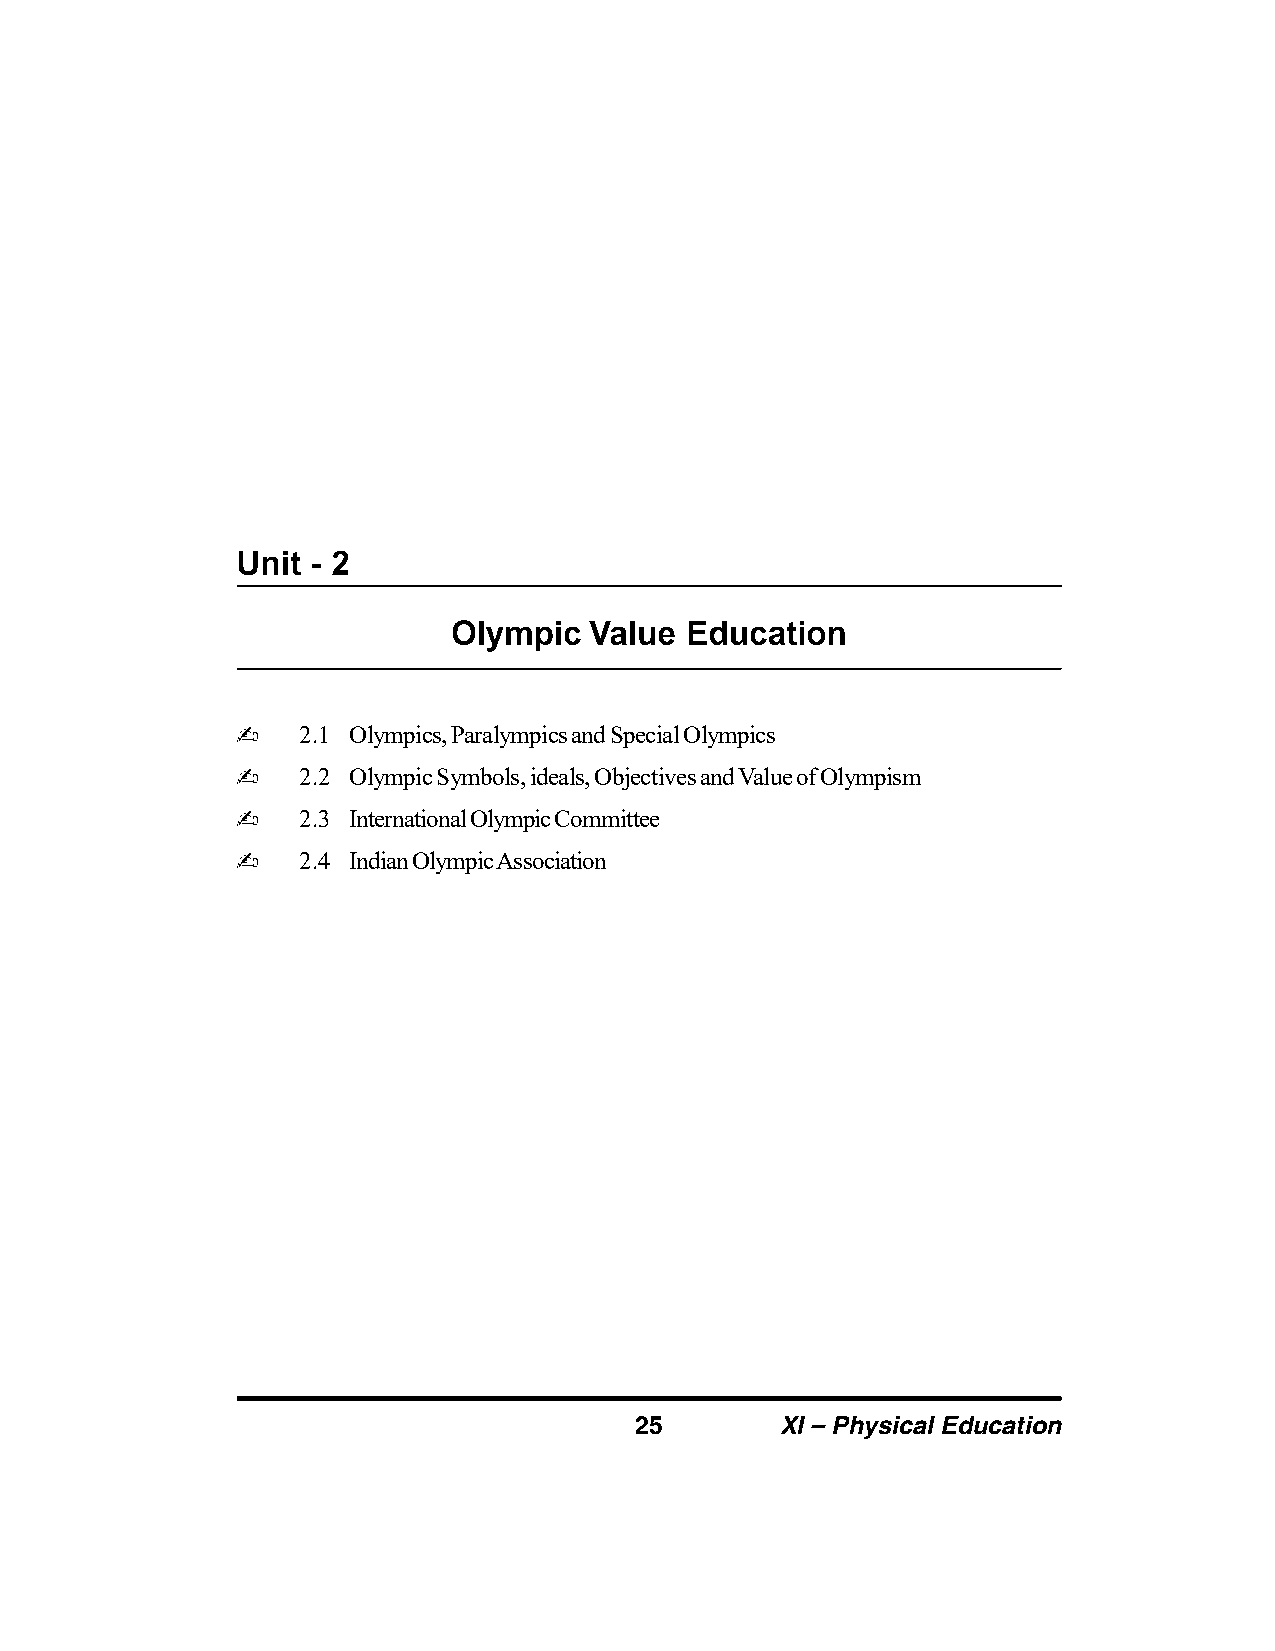
2.1 Olympics, Paralympics and Special Olympics
 2.2 Olympic Symbols, ideals, Objectives and Value of Olympism
 2.3 International Olympic Committee
 2.4 Indian Olympic Association
 25        XI – Physical Education